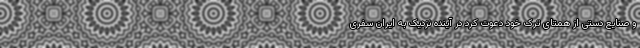
و صنایع دستی از همتای ترک خود دعوت کرد در آینده نزدیک به ایران سفری